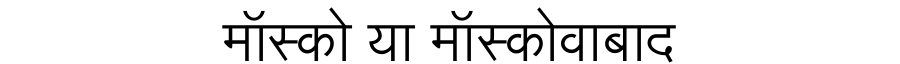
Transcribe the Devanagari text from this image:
मॉस्को या मॉस्कोवाबाद